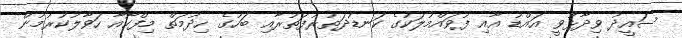
ސައީދު ވިދާޅުވީ އައްޑު އާއި ފުވައްމުލަކުގެ ކަނޑުދަތުރުފަތުރާއި ބަހުގެ ހިދުމަތް މިފްކޯއާ ހަވާލުކުރުމުން